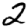
Digit: 2